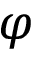
\varphi